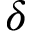
\delta